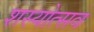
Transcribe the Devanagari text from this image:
शस्योत्सव